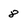
Character: 8